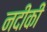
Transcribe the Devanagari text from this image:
नदीकी